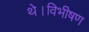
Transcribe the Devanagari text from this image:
थे।विभीषण